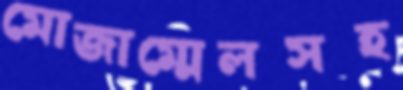
মোজাম্মেলসহ